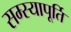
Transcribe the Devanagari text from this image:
सम्स्यापूर्ति